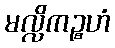
မလ္လိကဉ္စဟံ